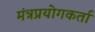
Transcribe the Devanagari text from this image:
मंत्रप्रयोगकर्ता